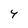
Character: 4